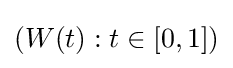
(W(t):t\in [0,1])